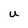
Character: U